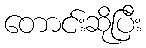
တောင်းဆိုပြီး